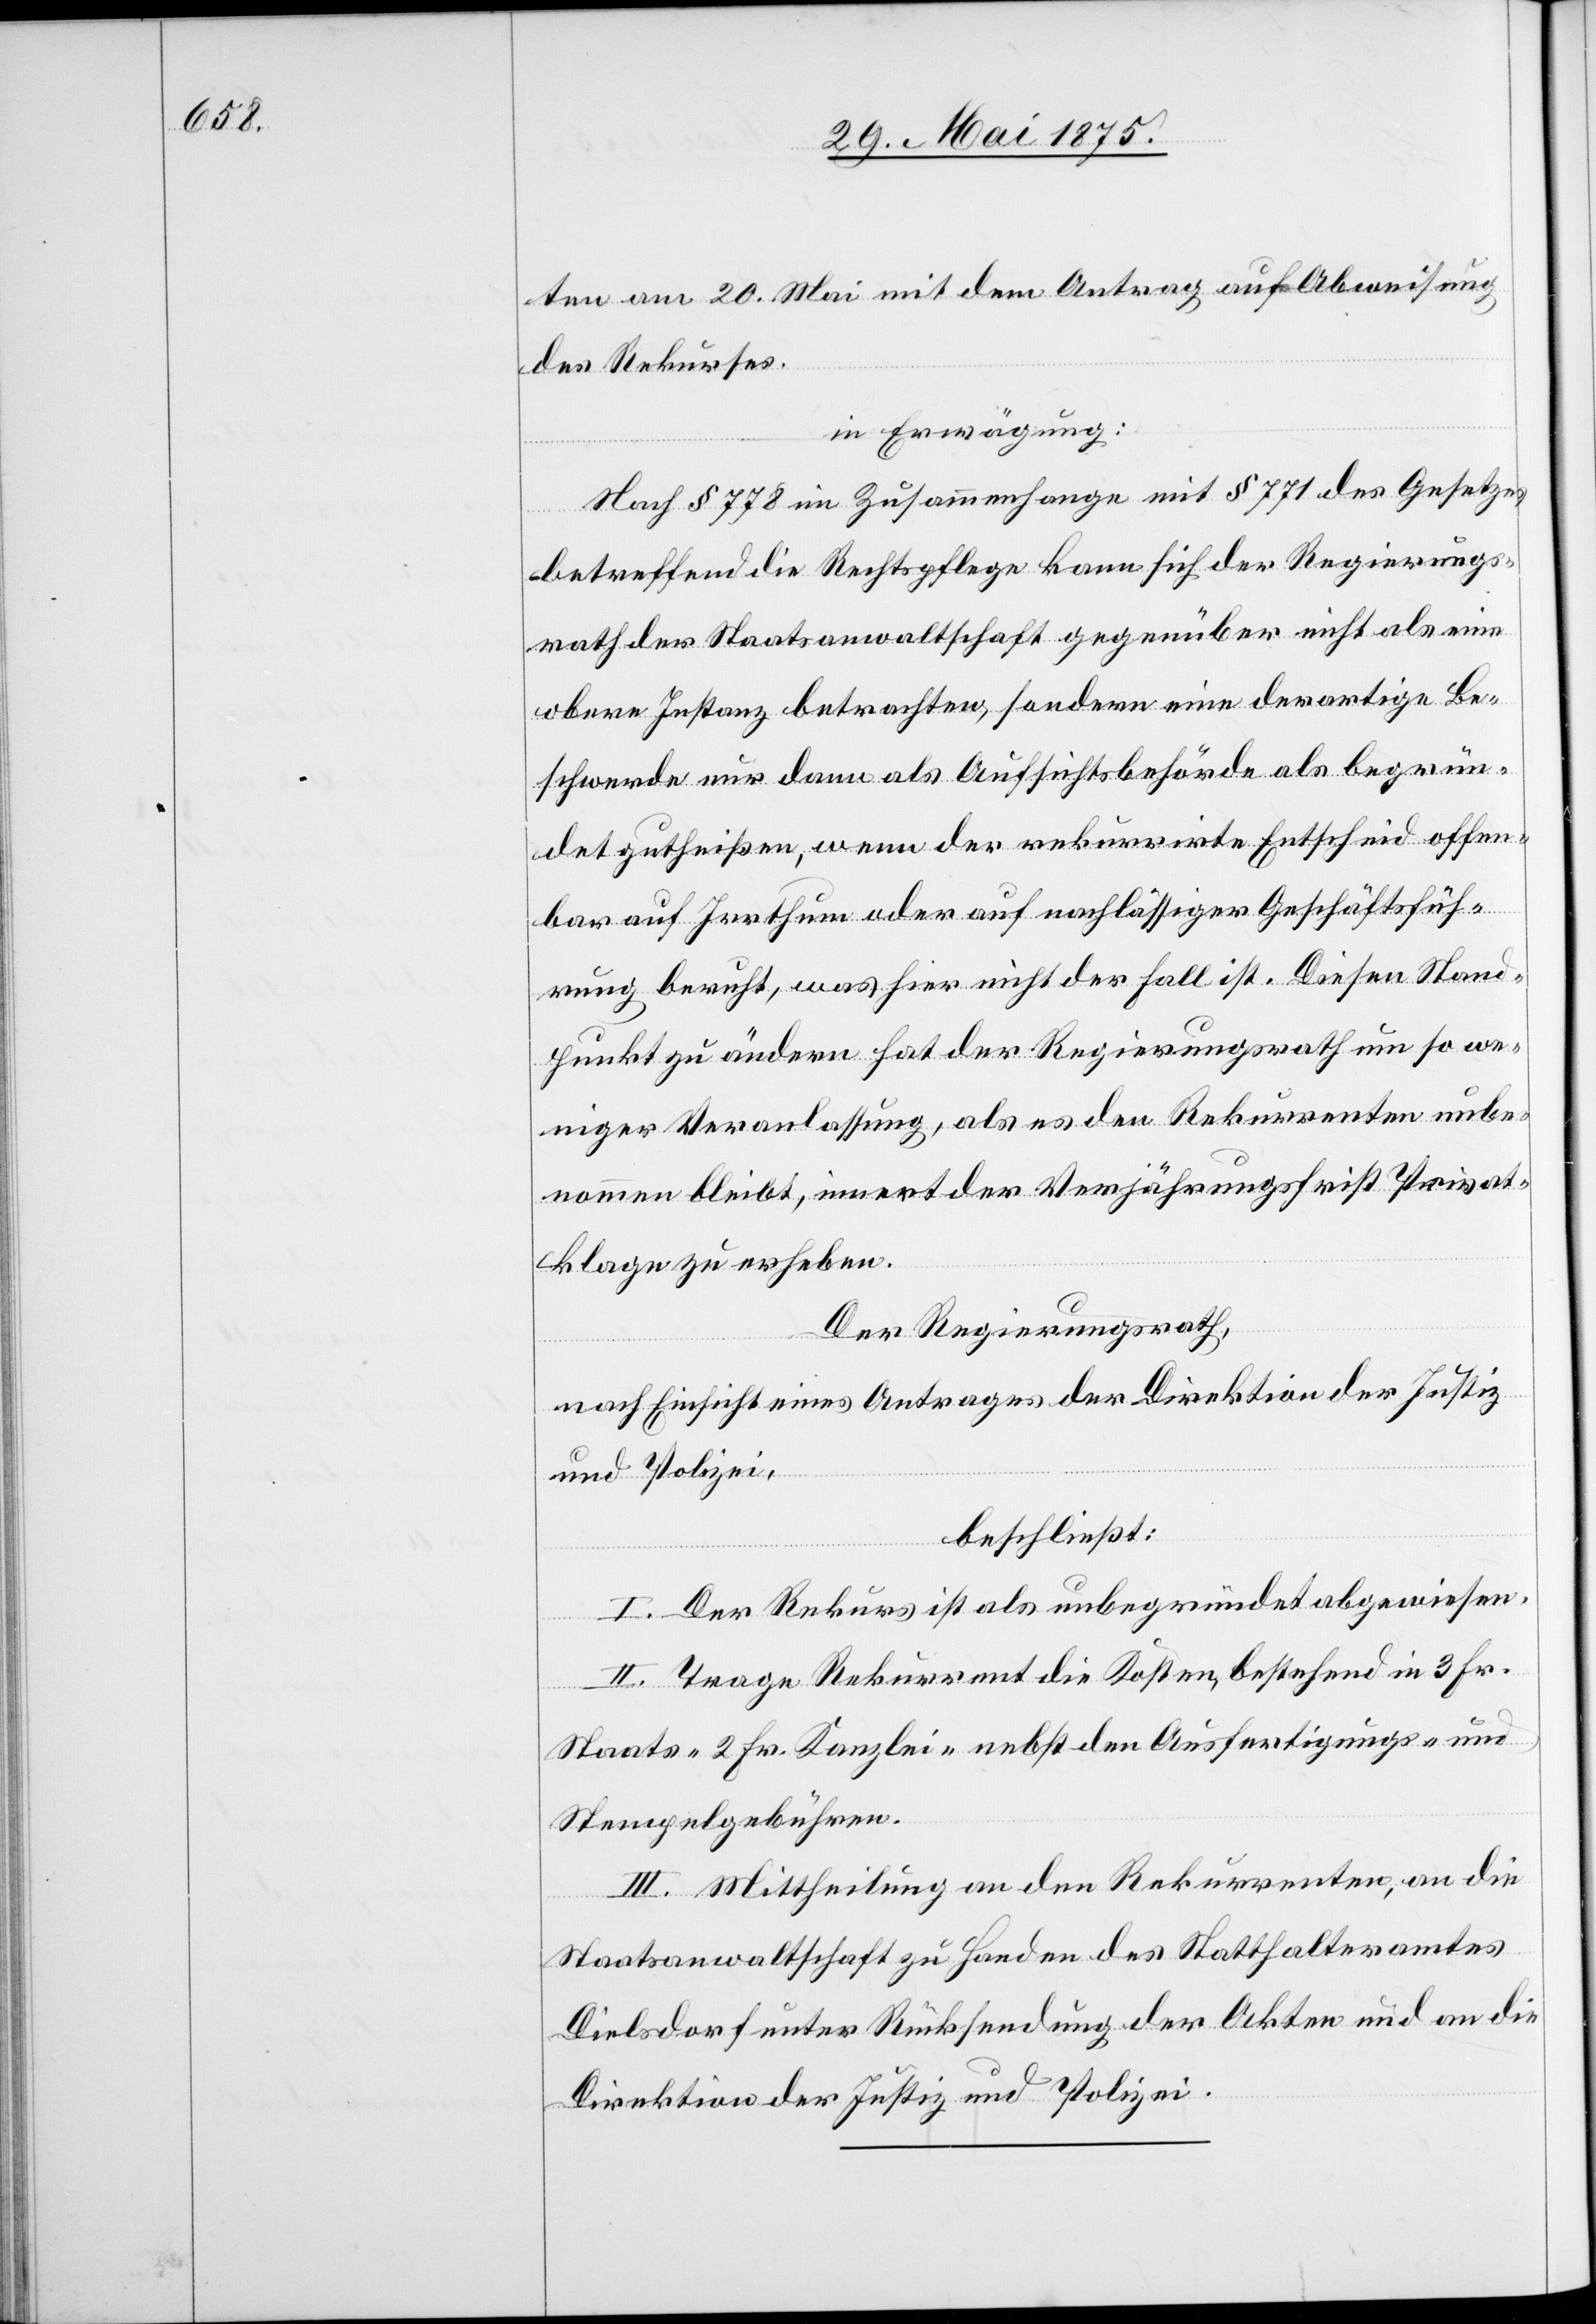
ten vom 20. Mai mit dem Antrag auf Abweisung
des Rekurses.
in Erwägung:
Nach § 778 in Zusammenhange mit § 771 des Gesetzes
betreffen die Rechtslage kann sich der Regierungs¬
rath der Staatsanwaltschaft gegenüber nicht als eine
obere Instanz betrachten, sondern eine derartige Be¬
schwerde nur dann als Aufsichtsbehörde als begrün¬
det gutheißen, wenn der rekurrirte Entscheid offen¬
bar auf Irrthum oder auf nachlässiger Geschäftsfüh¬
rung beruht, was hier nicht der Fall ist. Diesen Stand¬
punkt zu ändern hat der Regierungsrath um so we¬
niger Veranlassung, als es den Rekurrenten unbe¬
nommen bleibt, innert der Verjährungsfrist Privat¬
klage zu erheben.
Der Regierungsrath,
nach Einsicht eines Antrages der Direktion der Justiz
und Polizei,
beschließt:
I. Der Rekurs ist al unbegründet abgewiesen.
II. Trage der Rekurrent die Kosten, bestehend in 3 Fr.
Staats- 2 Fr. Kanzlei- nebst den Ausfertigungs- und
Stempelgebühren.
III. Mittheilung an den Rekurrenten, an die
Staatsanwaltschaft zu Handen des Statthalteramtes
Dielsdorf unter Rücksendung der Akten und an die
Direktion der Justiz und Polizei.